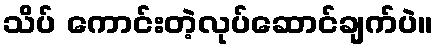
သိပ် ကောင်းတဲ့လုပ်ဆောင်ချက်ပဲ။